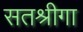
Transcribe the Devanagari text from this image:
सतश्रीगा